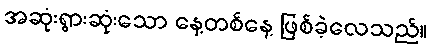
အဆုံးရွားဆုံးသော နေ့တစ်နေ့ ဖြစ်ခဲ့လေသည်။